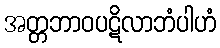
အတ္တဘာဝပဋိလာဘံပါဟံ